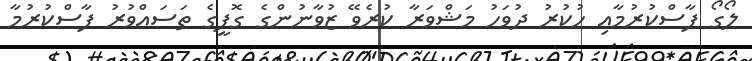
ލޯގޯ ފާސްކުރުމާއި ހުކުރު ދުވަހު މަޝްވަރާ ކުރެވޭ ޒުވާނުންގެ ގޮފީގެ ތަސައްވުރު ފާސްކުރުމާ